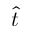
\hat { t }